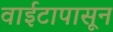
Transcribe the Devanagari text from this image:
वाईटापासून